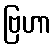
ဗြဟာ